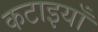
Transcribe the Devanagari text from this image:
कटाइयाँ